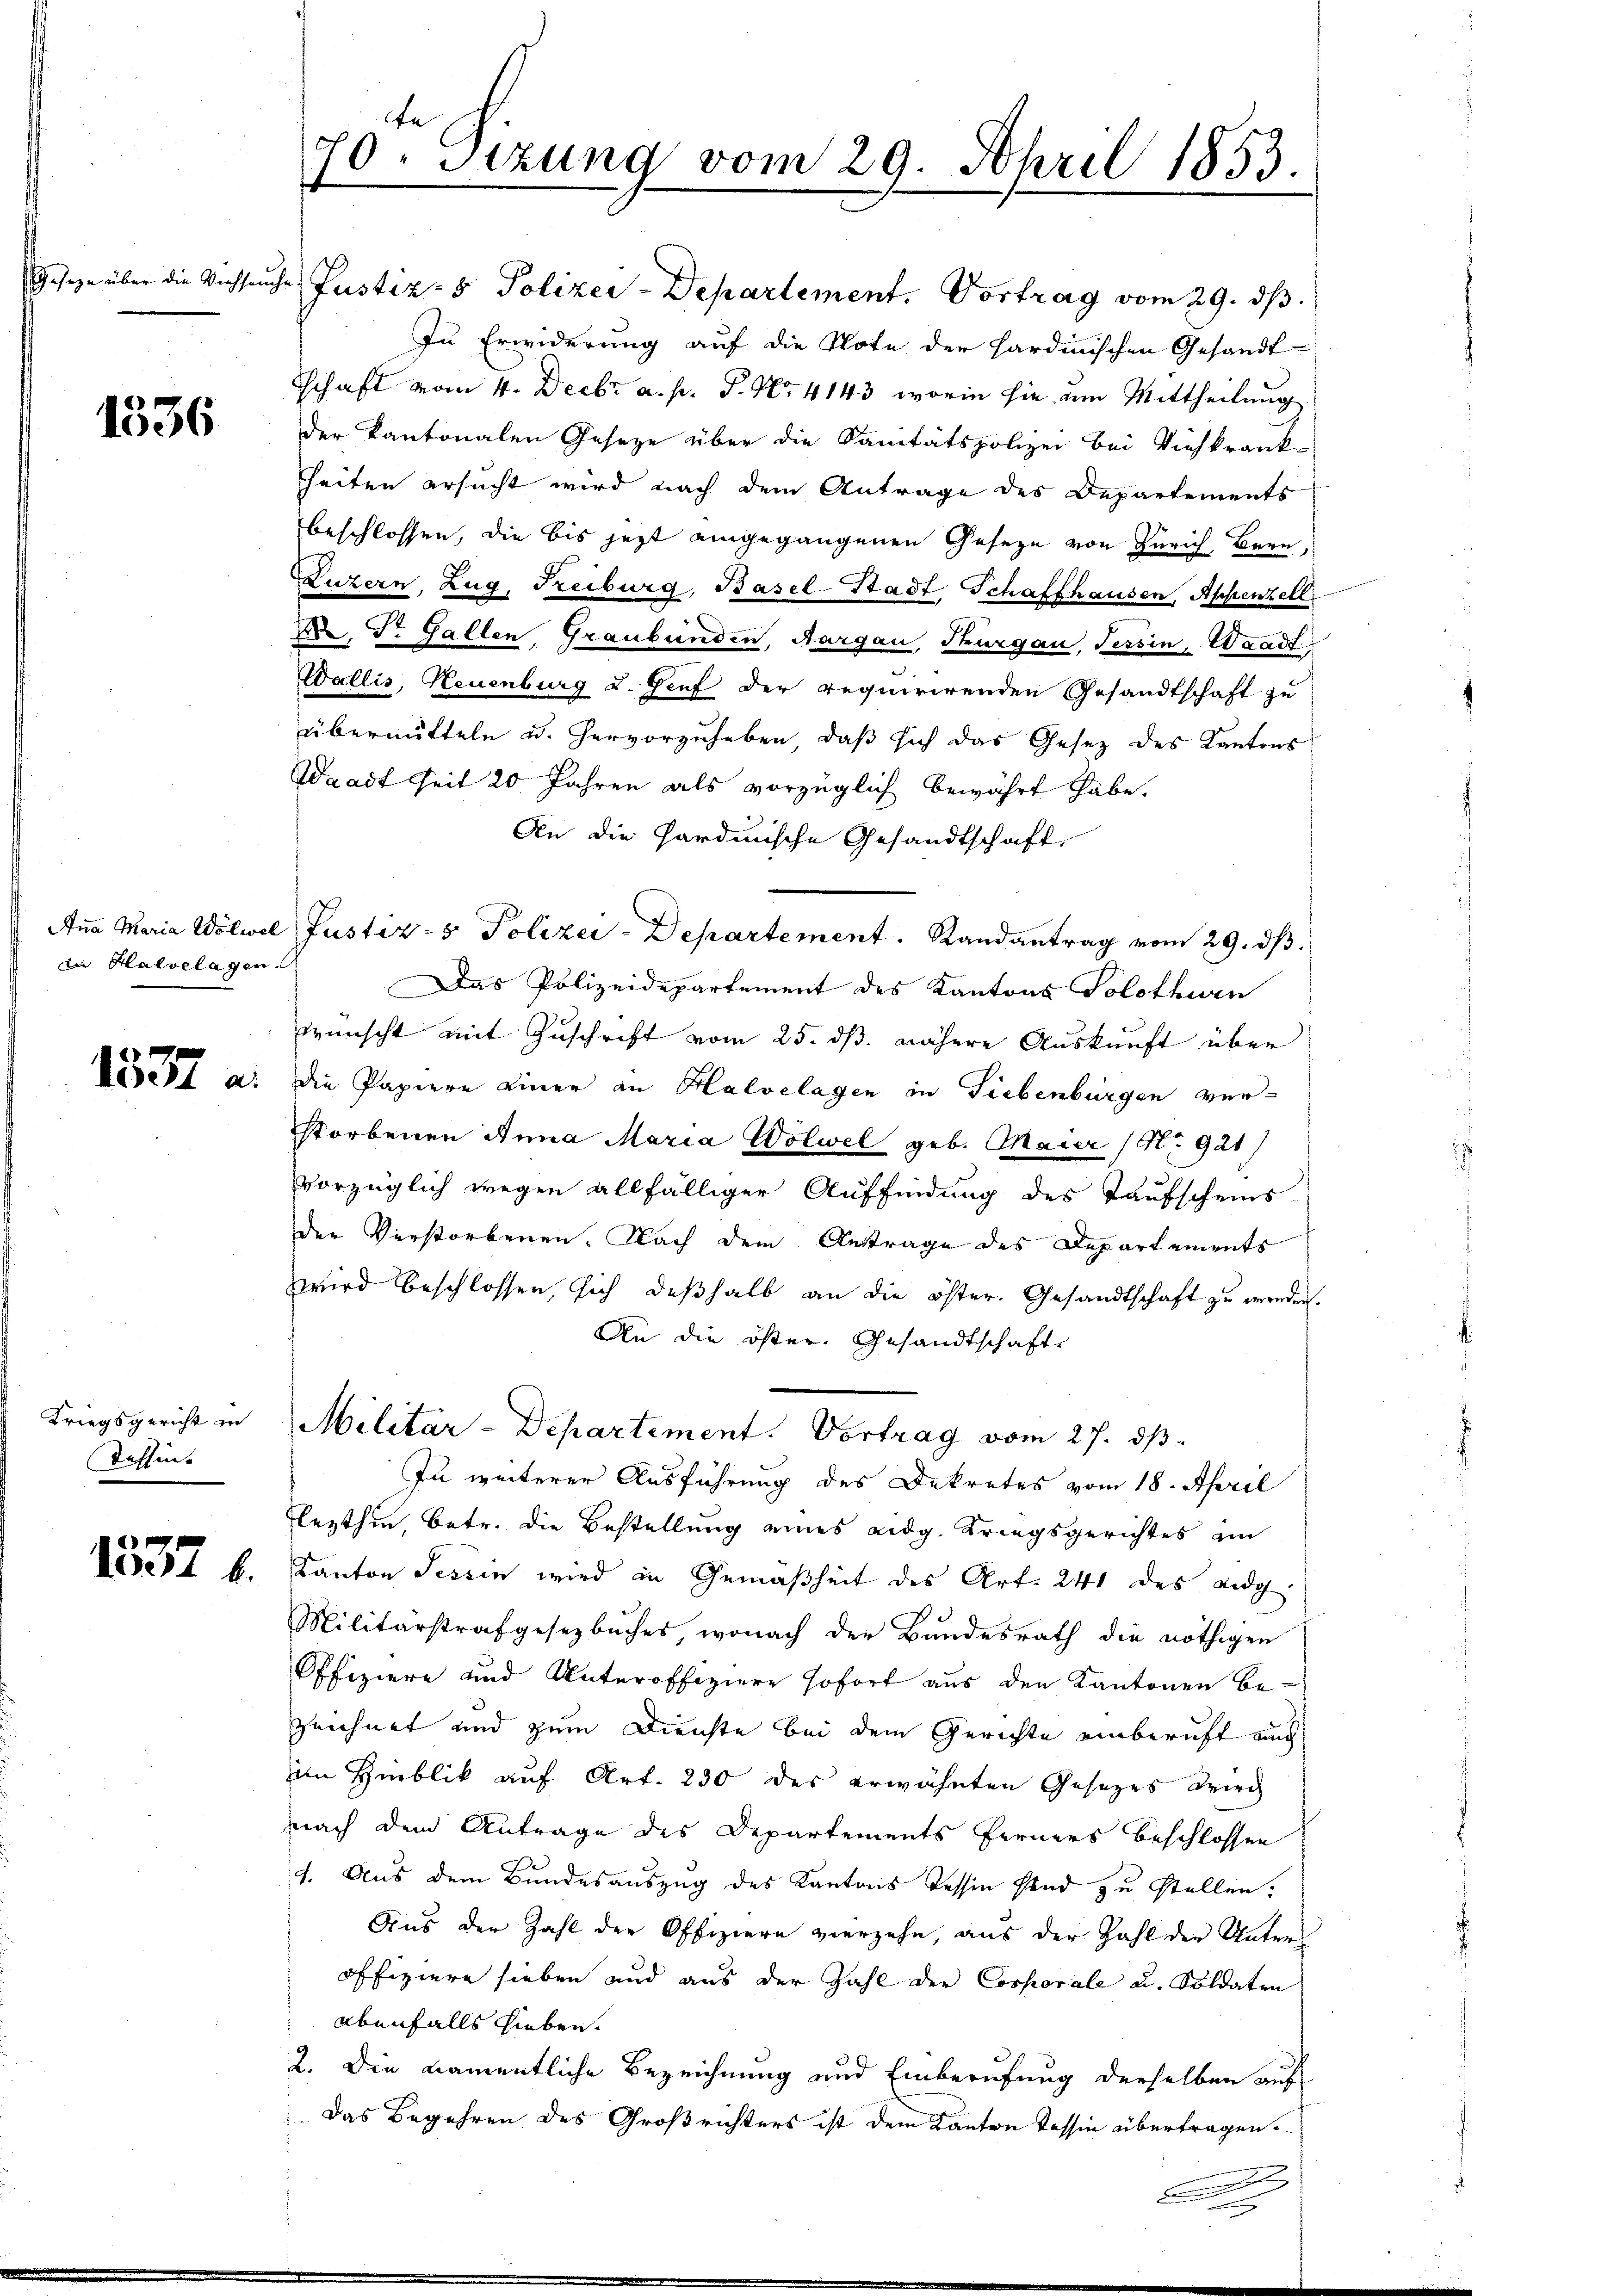
1336

in Halbelagen.

Kriegsgericht in
Tessin.

1837 f.

70. Sitzung vom 29. April 1853.

Geseze über die Viehseuche Justiz- & Polizei-Departement. Vortrag vom 29. ds.
In Erwiderung auf die Note der Hardinischen Gesandt
schaft vom 4. Decbr a. p. P. Nr. 4143, worin sie um Mittheilung
der Kantonalen Gesetze über die Sanitätspolizei bei Viehkrank-
heiten ersucht wird nach dem Antrage des Departements
beschlossen, die bis jezt eingegangenen Geseze von Zürich, Bern,
Luzern, Zug, Freiburg, Basel-Stadt, Schaffhausen, Appenzell
, Dr. Gallen, Graubünden, Aargau, Thurgau, Tessin, Waadt
Wallis, Neuenburg u. Genf der requirirenden Gesandtschaft zu
übermitteln u. hervorzuheben, daß sich das Gesetz des Kantons
Waadt Zeit 20 Jahren als vorzüglich bewährt habe.
An die Sardinische Gesandtschaft,
Ana Maria Wölwel Justiz- & Polizei-Departement. Randantrag vom 29. ds.
Das Polizeidepartement des Kantons Solothurn
wünscht mit Zuschrift vom 25. dß. nähere Auskunft über
37 a. die Papiere einer an Halvelagen in Liebenbürgen ver-
storbenen Anna Maria Wölwel geb. Maier (No 921/
vorzüglich wegen allfälliger Auffindung des Taufscheins
der Verstorbenen. Nach dem Antrage des Departements
wird beschlossen, sich deßhalb an die öster. Gesandtschaft zu erreden.
An die öster. Gesandtschaft
Militär-Departement. Vortrag vom 27. ds.
Zu weiterer Ausführung des Dekretes vom 18. April
Flezthin, betr. die Bestellung eines eidg. Kriegsgerichtes im
Kanton Tessin wird in Gemäßheit des Art. 241 des eidg.
Militärstrafgesetzbuches, wonach der Bundesrath die nöthigen
Offiziere und Unteroffiziere sofort aus den Kantonen bezeichnet und zum Dienste bei dem Gerichte einberuft auch
im Hinblik auf Art. 230 des erwähnten Gesezes wird
nach dem Antrage des Departements ferners beschlossen
1. Aus dem Bundesauszug des Kantons Tessin sind zu stellen.
Aus der Zahl der Offiziere vierzehn, aŭs der Zahl der Unters
offiziere sieben und aus der Zahl der Corporale u. Soldaten
ebenfalls hieben.
2. Die namentliche Bezeichnung und Einberufung derselben auf
Das Begehren des Großrichters ist dem Kanton Tessin übertragen.
n